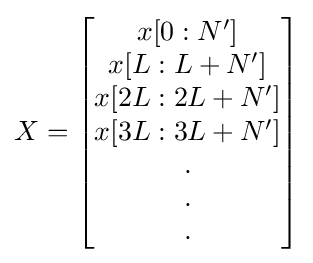
X={\begin{bmatrix}x[0:N']\\x[L:L+N']\\x[2L:2L+N']\\x[3L:3L+N']\\.\\.\\.\end{bmatrix}}